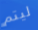
ليتم